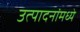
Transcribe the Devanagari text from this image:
उत्पादनांमध्‍ये